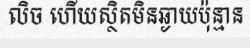
លិច ហើយស្ថិតមិនឆ្ងាយប៉ុន្មាន